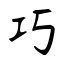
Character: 巧